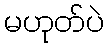
မဟုတ်ပဲ